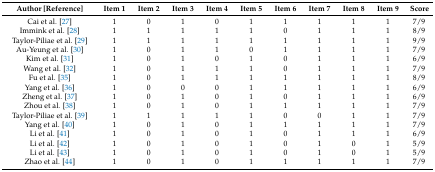
| Author [Reference] | Item 1 | Item 2 | Item 3 | Item 4 | Item 5 | Item 6 | Item 7 | Item 8 | Item 9 | Score |
 | --- | --- | --- | --- | --- | --- | --- | --- | --- | --- | --- |
 | Cai et al. [27] | 1 | 0 | 1 | 0 | 1 | 1 | 1 | 1 | 1 | 7/9 |
 | Immink et al. [28] | 1 | 1 | 1 | 1 | 1 | 0 | 1 | 1 | 1 | 8/9 |
 | Taylor-Piliae et al. [29] | 1 | 1 | 1 | 1 | 1 | 1 | 1 | 1 | 1 | 9/9 |
 | Au-Yeung et al. [30] | 1 | 0 | 1 | 1 | 0 | 1 | 1 | 1 | 1 | 7/9 |
 | Kim et al. [31] | 1 | 0 | 1 | 0 | 1 | 0 | 1 | 1 | 1 | 6/9 |
 | Wang et al. [32] | 1 | 0 | 1 | 1 | 1 | 0 | 1 | 1 | 1 | 7/9 |
 | Fu et al. [35] | 1 | 0 | 1 | 1 | 1 | 1 | 1 | 1 | 1 | 8/9 |
 | Yang et al. [36] | 1 | 0 | 0 | 0 | 1 | 1 | 1 | 1 | 1 | 6/9 |
 | Zheng et al. [37] | 1 | 0 | 1 | 0 | 1 | 0 | 1 | 1 | 1 | 6/9 |
 | Zhou et al. [38] | 1 | 0 | 1 | 0 | 1 | 1 | 1 | 1 | 1 | 7/9 |
 | Taylor-Piliae et al. [39] | 1 | 1 | 1 | 1 | 1 | 0 | 0 | 1 | 1 | 7/9 |
 | Yang et al. [40] | 1 | 0 | 1 | 0 | 1 | 1 | 1 | 1 | 1 | 7/9 |
 | Li et al. [41] | 1 | 0 | 1 | 0 | 1 | 0 | 1 | 1 | 1 | 6/9 |
 | Li et al. [42] | 1 | 0 | 1 | 0 | 1 | 0 | 1 | 0 | 1 | 5/9 |
 | Li et al. [43] | 1 | 0 | 1 | 0 | 1 | 0 | 1 | 0 | 1 | 5/9 |
 | Zhao et al. [44] | 1 | 0 | 1 | 0 | 1 | 1 | 1 | 1 | 1 | 7/9 |